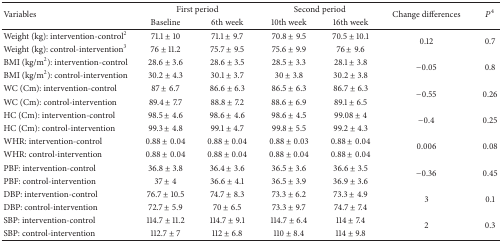
<table><thead><tr><td rowspan="2"><b>Variables</b></td><td colspan="2"><b>First period</b></td><td colspan="2"><b>Second period</b></td><td rowspan="2"><b>Change differences</b></td><td rowspan="2"><b><i>P</i><sup>4</sup></b></td></tr><tr><td><b>Baseline</b></td><td><b>6th week</b></td><td><b>10th week</b></td><td><b>16th week</b></td></tr></thead><tbody><tr><td>Weight (kg): intervention-control<sup>2</sup></td><td>71.1 ± 10</td><td>71.1 ± 9.7</td><td>70.8 ± 9.5</td><td>70.5 ± 10.1</td><td rowspan="2">0.12</td><td rowspan="2">0.7</td></tr><tr><td>Weight (kg): control-intervention<sup>3</sup></td><td>76 ± 11.2</td><td>75.7 ± 9.5</td><td>75.6 ± 9.9</td><td>76 ± 9.6</td></tr><tr><td>BMI (kg/m<sup>2</sup>): intervention-control</td><td>28.6 ± 3.6</td><td>28.6 ± 3.5</td><td>28.5 ± 3.3</td><td>28.1 ± 3.8</td><td rowspan="2">−0.05</td><td rowspan="2">0.8</td></tr><tr><td>BMI (kg/m<sup>2</sup>): control-intervention</td><td>30.2 ± 4.3</td><td>30.1 ± 3.7</td><td>30 ± 3.8</td><td>30.2 ± 3.8</td></tr><tr><td>WC (Cm): intervention-control</td><td>87 ± 6.7</td><td>86.6 ± 6.3</td><td>86.5 ± 6.3</td><td>86.7 ± 6.3</td><td rowspan="2">−0.55</td><td rowspan="2">0.26</td></tr><tr><td>WC (Cm): control-intervention</td><td>89.4 ± 7.7</td><td>88.8 ± 7.2</td><td>88.6 ± 6.9</td><td>89.1 ± 6.5</td></tr><tr><td>HC (Cm): intervention-control</td><td>98.5 ± 4.6</td><td>98.6 ± 4.6</td><td>98.6 ± 4.5</td><td>99.08 ± 4</td><td rowspan="2">−0.4</td><td rowspan="2">0.25</td></tr><tr><td>HC (Cm): control-intervention</td><td>99.3 ± 4.8</td><td>99.1 ± 4.7</td><td>99.8 ± 5.5</td><td>99.2 ± 4.3</td></tr><tr><td>WHR: intervention-control</td><td>0.88 ± 0.04</td><td>0.88 ± 0.04</td><td>0.88 ± 0.03</td><td>0.88 ± 0.04</td><td rowspan="2">0.006</td><td rowspan="2">0.08</td></tr><tr><td>WHR: control-intervention</td><td>0.88 ± 0.04</td><td>0.88 ± 0.04</td><td>0.88 ± 0.04</td><td>0.88 ± 0.04</td></tr><tr><td>PBF: intervention-control</td><td>36.8 ± 3.8</td><td>36.4 ± 3.6</td><td>36.5 ± 3.6</td><td>36.6 ± 3.5</td><td rowspan="2">−0.36</td><td rowspan="2">0.45</td></tr><tr><td>PBF: control-intervention</td><td>37 ± 4</td><td>36.6 ± 4.1</td><td>36.5 ± 3.9</td><td>36.9 ± 3.6</td></tr><tr><td>DBP: intervention-control</td><td>76.7 ± 10.5</td><td>74.7 ± 8.3</td><td>73.3 ± 6.2</td><td>73.3 ± 4.9</td><td rowspan="2">3</td><td rowspan="2">0.1</td></tr><tr><td>DBP: control-intervention</td><td>72.7 ± 5.9</td><td>70 ± 6.5</td><td>73.3 ± 9.7</td><td>74.7 ± 7.4</td></tr><tr><td>SBP: intervention-control</td><td>114.7 ± 11.2</td><td>114.7 ± 9.1</td><td>114.7 ± 6.4</td><td>114 ± 7.4</td><td rowspan="2">2</td><td rowspan="2">0.3</td></tr><tr><td>SBP: control-intervention</td><td>112.7 ± 7</td><td>112 ± 6.8</td><td>110 ± 8.4</td><td>114 ± 9.8</td></tr></tbody></table>